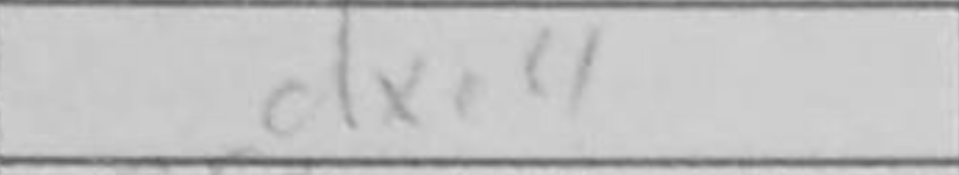
Transcription: dxe4